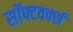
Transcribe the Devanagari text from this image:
सॉफ्टवर्क्स